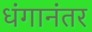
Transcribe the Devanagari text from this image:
धंगानंतर